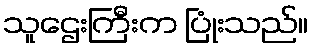
သူဌေးကြီးက ပြုံးသည်။